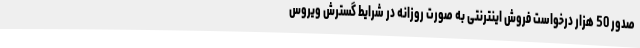
صدور 50 هزار درخواست فروش اینترنتی به صورت روزانه در شرایط گسترش ویروس